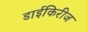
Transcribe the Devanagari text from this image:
डाईकिरीज